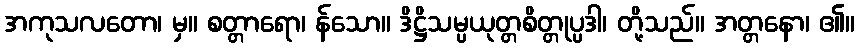
အကုသလတော၊ မှ။ စတ္တာရော၊ န်သော။ ဒိဋ္ဌိသမ္ပယုတ္တစိတ္တုပ္ပဒါ၊ တို့သည်။ အတ္တနော၊ ၏။